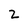
Character: 2